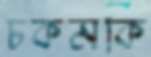
চকমকি